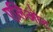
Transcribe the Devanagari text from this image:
एलिओट